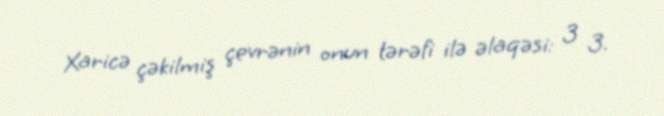
Xaricə çəkilmiş çevrənin onun tərəfi ilə əlaqəsi: 3 3.